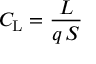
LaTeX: C _ { \mathrm { L } } = { \frac { L } { q \, S } }